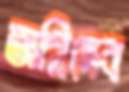
অগ্নিদেব